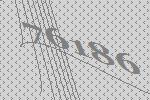
76186